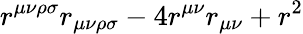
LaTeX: r^{\mu\nu\rho\sigma}r_{\mu\nu\rho\sigma}-4r^{\mu\nu}r_{\mu\nu}+r^{2}